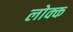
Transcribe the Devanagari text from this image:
लोक्क